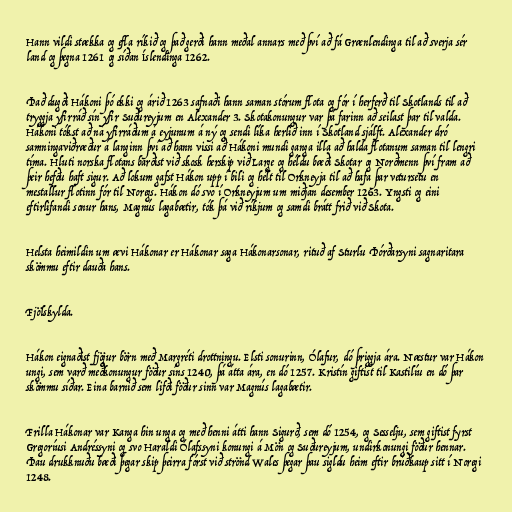
Hann vildi stækka og efla ríkið og það gerði hann meðal annars með því að fá Grænlendinga til að sverja sér
land og þegna 1261 og síðan Íslendinga 1262.

Það dugði Hákoni þó ekki og árið 1263 safnaði hann saman stórum flota og fór í herferð til Skotlands til að
tryggja yfirráð sín yfir Suðureyjum en Alexander 3. Skotakonungur var þá farinn að seilast þar til valda.
Hákoni tókst að ná yfirráðum á eyjunum á ný og sendi líka herlið inn í Skotland sjálft. Alexander dró
samningaviðræður á langinn því að hann vissi að Hákoni mundi ganga illa að halda flotanum saman til lengri
tíma. Hluti norska flotans barðist við skosk herskip við Large og héldu bæði Skotar og Norðmenn því fram að
þeir hefðu haft sigur. Að lokum gafst Hákon upp í bili og hélt til Orkneyja til að hafa þar vetursetu en
mestallur flotinn fór til Noregs. Hákon dó svo í Orkneyjum um miðjan desember 1263. Yngsti og eini
eftirlifandi sonur hans, Magnús lagabætir, tók þá við ríkjum og samdi brátt frið við Skota.

Helsta heimildin um ævi Hákonar er Hákonar saga Hákonarsonar, rituð af Sturlu Þórðarsyni sagnaritara
skömmu eftir dauða hans.

Fjölskylda.

Hákon eignaðist fjögur börn með Margréti drottningu. Elsti sonurinn, Ólafur, dó þriggja ára. Næstur var Hákon
ungi, sem varð meðkonungur föður síns 1240, þá átta ára, en dó 1257. Kristín giftist til Kastilíu en dó þar
skömmu síðar. Eina barnið sem lifði föður sinn var Magnús lagabætir.

Frilla Hákonar var Kanga hin unga og með henni átti hann Sigurð, sem dó 1254, og Sesselju, sem giftist fyrst
Gregoríusi Andréssyni og svo Haraldi Ólafssyni konungi á Mön og Suðureyjum, undirkonungi föður hennar.
Þau drukknuðu bæði þegar skip þeirra fórst við strönd Wales þegar þau sigldu heim eftir brúðkaup sitt í Noregi
1248.